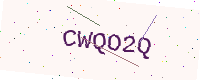
Text: CWQO2Q